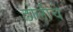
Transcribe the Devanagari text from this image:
ढोलीचे